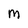
Character: M